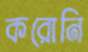
করোনি